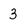
Character: 3